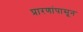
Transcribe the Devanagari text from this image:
प्रारणांपासून